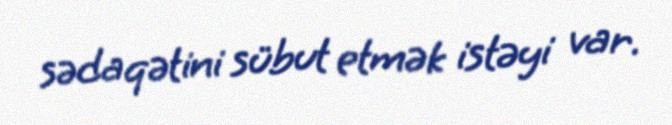
sədaqətini sübut etmək istəyi var.